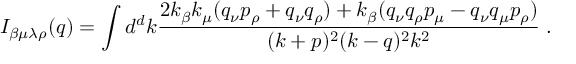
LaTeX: I _ { \beta \mu \lambda \rho } ( q ) = \int d ^ { d } k \frac { 2 k _ { \beta } k _ { \mu } ( q _ { \nu } p _ { \rho } + q _ { \nu } q _ { \rho } ) + k _ { \beta } ( q _ { \nu } q _ { \rho } p _ { \mu } - q _ { \nu } q _ { \mu } p _ { \rho } ) } { ( k + p ) ^ { 2 } ( k - q ) ^ { 2 } k ^ { 2 } } \; .